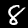
Digit: 8